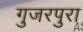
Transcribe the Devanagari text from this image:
गुजरपुरा